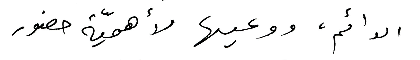
الدائم، ووعيها لأهميّة حضور